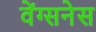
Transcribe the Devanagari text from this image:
वेंग्सनेस